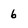
Character: b